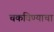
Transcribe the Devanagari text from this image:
चकविण्याचा